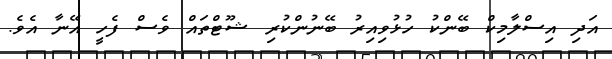
އަދި އިސްލާމިކް ބޭންކު ހުޅުވިއިރު ބޭނުންކުރި ޝޫޓްތައް ވެސް ފެހީ އޭނާ އެވެ.